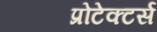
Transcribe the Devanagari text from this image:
प्रोटेक्टर्स